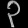
Digit: ၃